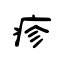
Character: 疹